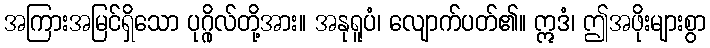
အကြားအမြင်ရှိသော ပုဂ္ဂိုလ်တို့အား။ အနုရူပံ၊ လျောက်ပတ်၏။ ဣဒံ၊ ဤအဖိုးများစွာ